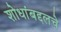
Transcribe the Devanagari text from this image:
शोधांबद्दलचे